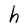
Character: h